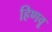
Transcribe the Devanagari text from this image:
हिणवू